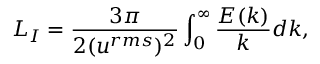
L _ { I } = \frac { 3 \pi } { 2 ( u ^ { r m s } ) ^ { 2 } } \int _ { 0 } ^ { \infty } \frac { E ( k ) } { k } d k ,